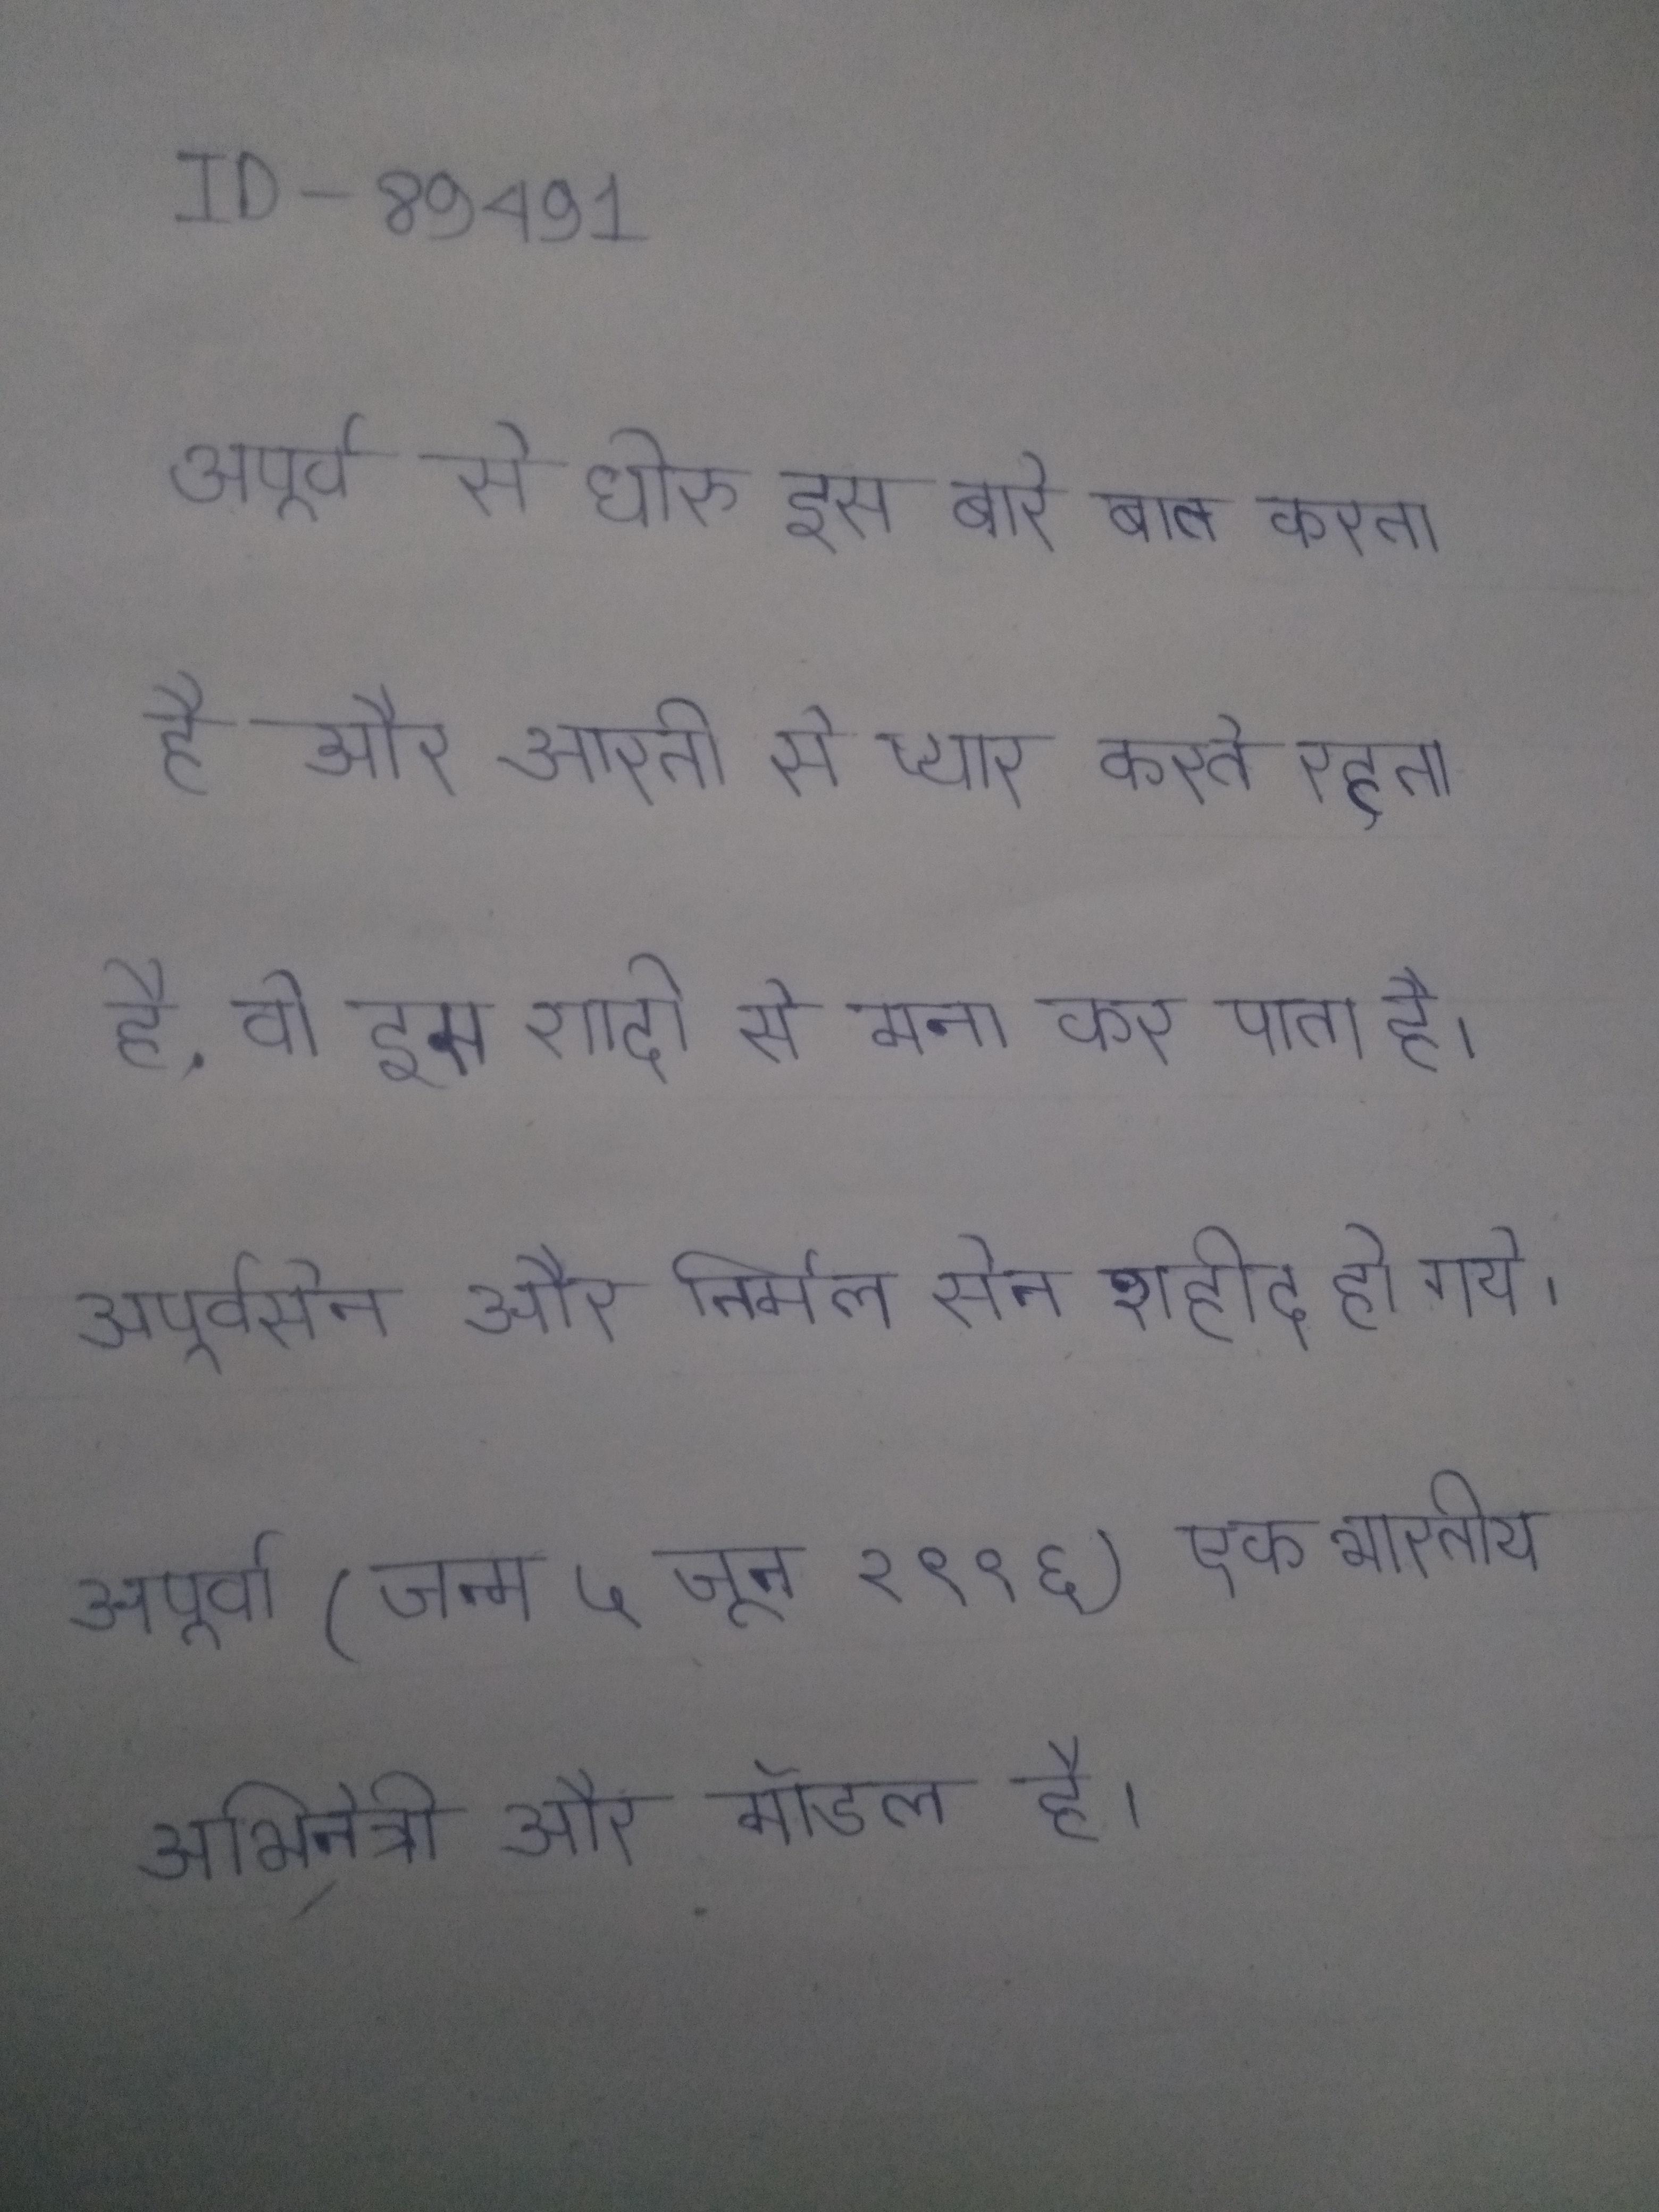
अपूर्व से धीरु इस बारे बात करता है और अपूर्व जो पहले से ही आरती से प्यार करते रहता है, वो इस शादी से मना कर पाता है । अपूर्वसेन और निर्मल सेन शहीद हो गये । अपूर्वा (जन्म ५ जून १९९६) एक भारतीय अभिनेत्री और मॉडल है ।